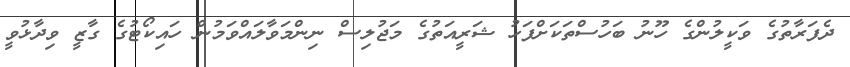
ދެފަރާތުގެ ވަކީލުންގެ ހޫނު ބަހުސްތަކަށްފަހު ޝަރީއަތުގެ މަޖުލިސް ނިންމަވާލައްވަމުން ހައިކޯޓުގެ ގާޒީ ވިދާޅުވީ